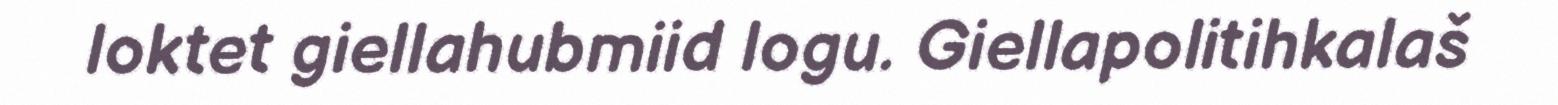
loktet giellahubmiid logu. Giellapolitihkalaš